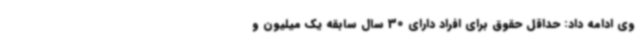
وی ادامه داد: حداقل حقوق برای افراد دارای 30 سال سابقه یک میلیون و